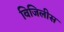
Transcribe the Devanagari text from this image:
विजिलीस